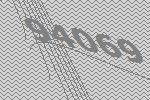
94069